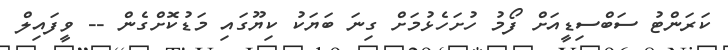
ކަރަންޓު ސަބްސިޑީއަށް ފޯމު ހުށަހެޅުމަށް ގިނަ ބަޔަކު ކިޔޫގައި މަޑުކޮށްގެން -- ވީފައިލް